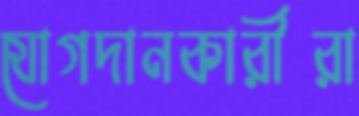
যোগদানকারীরা